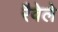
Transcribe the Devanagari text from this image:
रैवेले